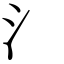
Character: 氵